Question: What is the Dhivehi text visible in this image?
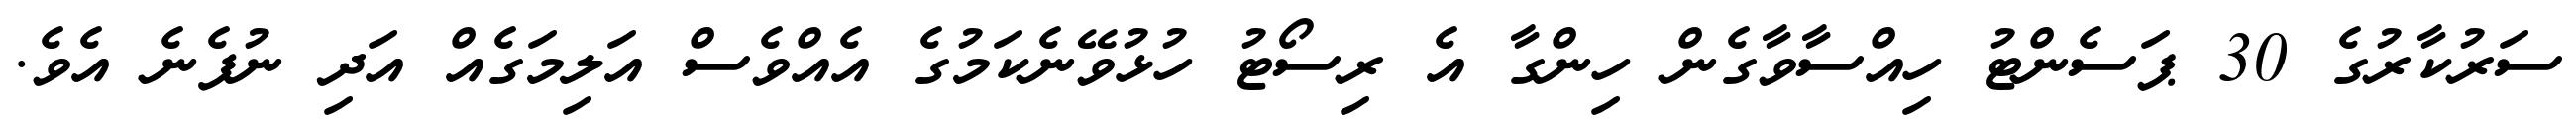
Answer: ސަރުކާރުގެ 30 ޕަސެންޓު ހިއްސާވާގެން ހިންގާ އެ ރިސޯޓު ހުޅުވޭނެކަމުގެ އެއްވެސް އަލިމަގެއް އަދި ނުފެނެ އެވެ.